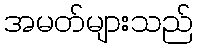
အမတ်များသည်